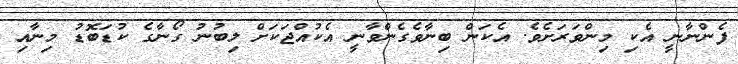
ފެންނާނީ އެކި މިންވަރަށެވެ. އެކަން ބިނާވެގެންވާނީ އެކުއްޖަކަށް ލިބުނު ގޯނާގެ ކުޑަބޮޑު މިނާއި